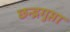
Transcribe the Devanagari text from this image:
छन्द्रगुप्ता